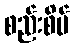
စည်းစိမ်